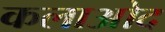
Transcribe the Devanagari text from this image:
कलाओद